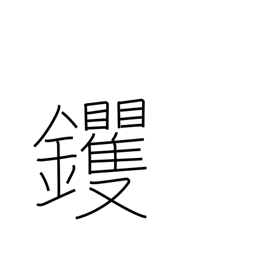
Meaning: hoe